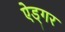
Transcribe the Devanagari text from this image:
ऐड्गर